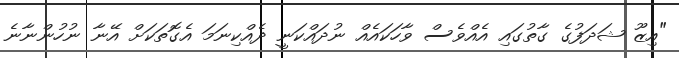
"އިޒޫ ޝަދަފުގެ ގާތުގައި އެއްވެސް ވާހަކައެއް ނުދައްކަނީ ދެއްކިނަމަ އެގޮތަކަށް އޭނާ ނުހުންނާނެ